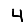
Digit: 4